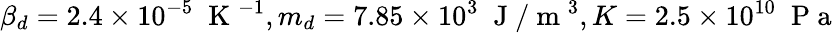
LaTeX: \beta_{d}=2.4\times 10^{-5}\; \mathrm{~K~}^{-1},m_{d}=7.85\times 10^{3}\; \mathrm{~J~}/\mathrm{~m~}^{3},K=2.5\times 10^{10}\; \mathrm{~P~a~}